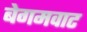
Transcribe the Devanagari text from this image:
बेगमवाट